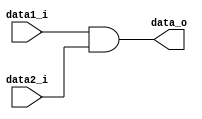
module AND (data1_i, data2_i, data_o);
	input	data1_i, data2_i;
	output	data_o;

	wire 	data_o;

	assign data_o = (data1_i & data2_i);

endmodule